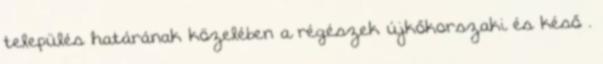
település határának közelében a régészek újkőkorszaki és késő .